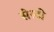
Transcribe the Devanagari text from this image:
सेस्टी